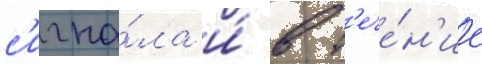
с'игна́ла и́ в т'ече́н'ие